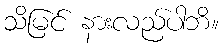
သိမြင် နားလည်ပါဘိ။